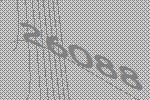
26088